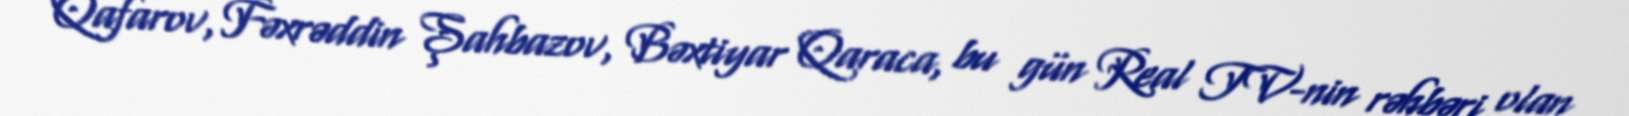
Qafarov, Fəxrəddin Şahbazov, Bəxtiyar Qaraca, bu gün Real TV-nin rəhbəri olan